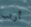
أرتب